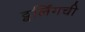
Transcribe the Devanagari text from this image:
ट्वर्लिंगची